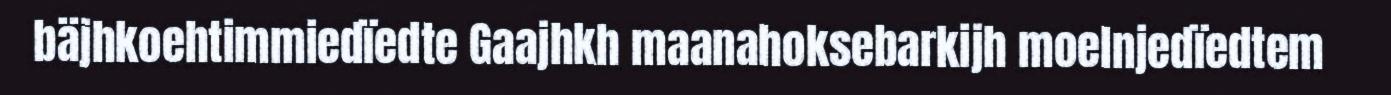
bäjhkoehtimmiedïedte Gaajhkh maanahoksebarkijh moelnjedïedtem